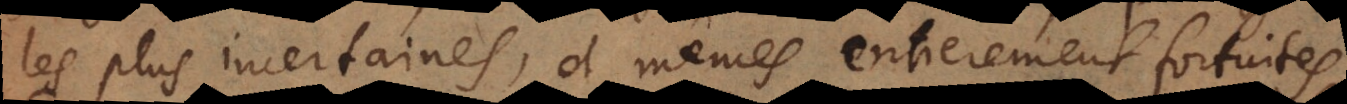
les plus incertaines, et mêmes entierement fortuites.